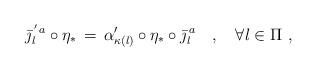
LaTeX: \begin{align*}\bar{\jmath}^{\,' \, a}_l \circ \eta_* \, = \, \alpha'_{\kappa(l)} \circ \eta_* \circ \bar{\jmath}^{\, a}_l\ \ \ , \ \ \ \forall l \in \Pi\ ,\end{align*}